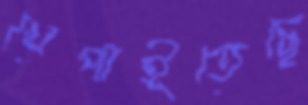
খেপাইতেছে